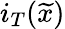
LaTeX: i_{T}(\widetilde{x})